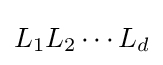
L_{1}L_{2}\cdots L_{d}